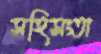
সহিসংতা